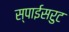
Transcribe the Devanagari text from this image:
स्पाईसरुट